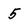
Character: 5